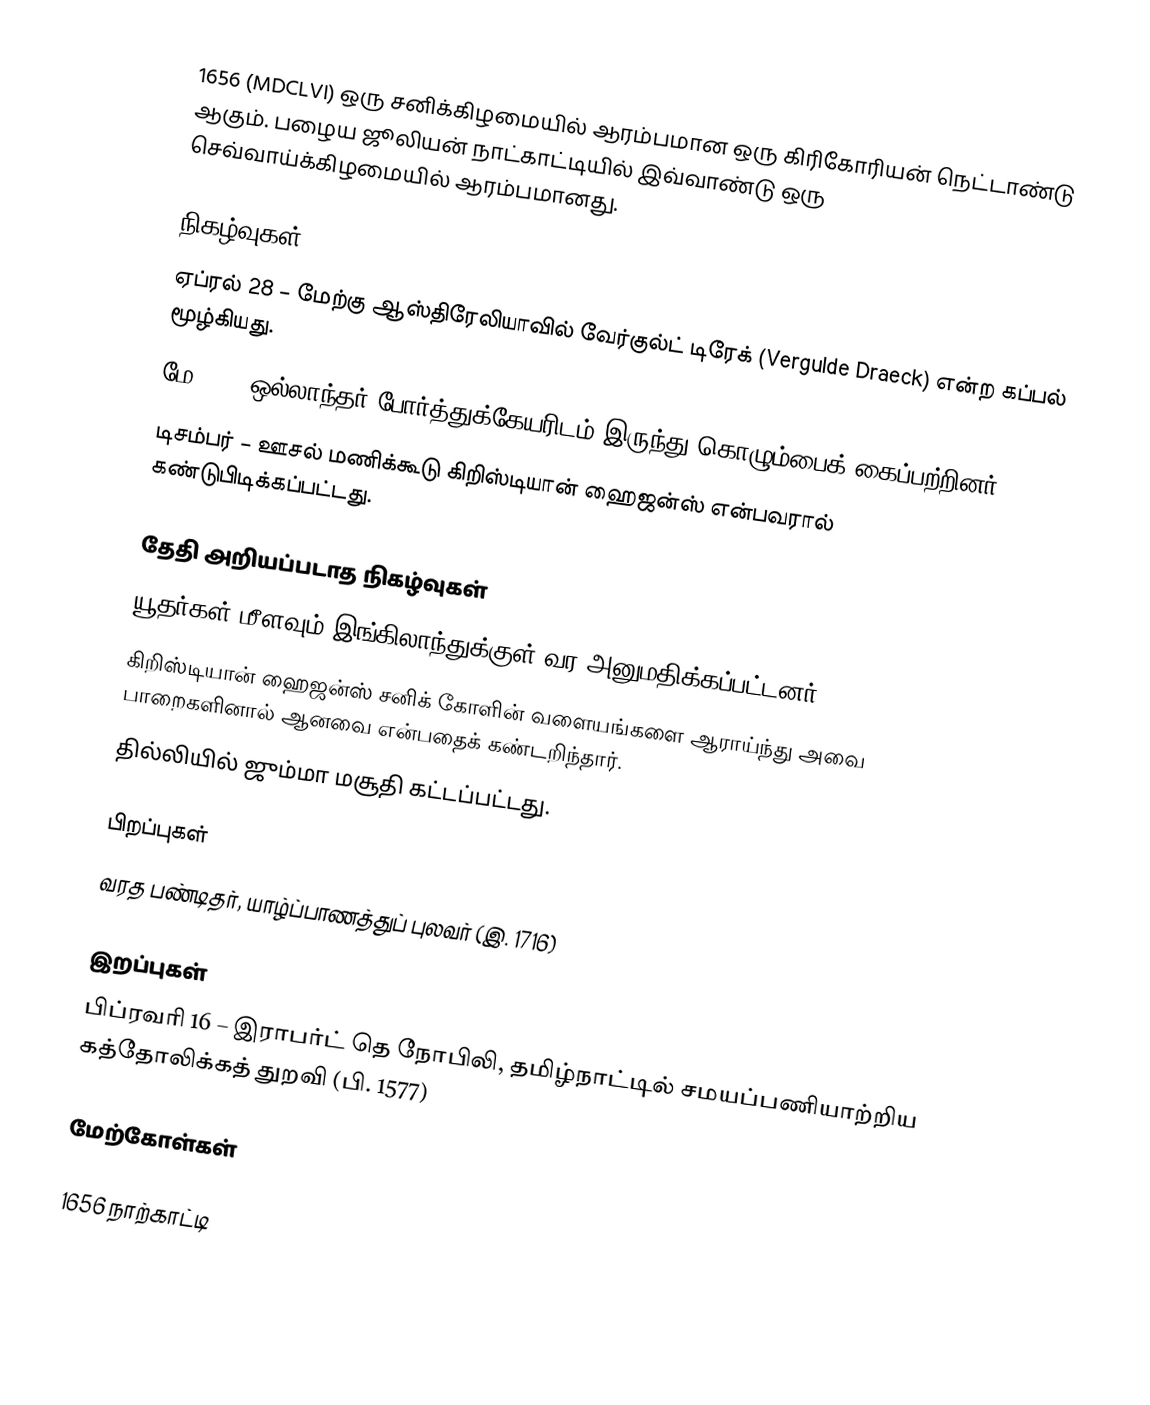
1656 (MDCLVI) ஒரு சனிக்கிழமையில் ஆரம்பமான ஒரு கிரிகோரியன் நெட்டாண்டு ஆகும். பழைய ஜூலியன் நாட்காட்டியில் இவ்வாண்டு ஒரு செவ்வாய்க்கிழமையில் ஆரம்பமானது.

நிகழ்வுகள்
ஏப்ரல் 28 – மேற்கு ஆஸ்திரேலியாவில் வேர்குல்ட் டிரேக் (Vergulde Draeck) என்ற கப்பல் மூழ்கியது.
மே 13 – ஒல்லாந்தர் போர்த்துக்கேயரிடம் இருந்து கொழும்பைக் கைப்பற்றினர்.
டிசம்பர் – ஊசல் மணிக்கூடு கிறிஸ்டியான் ஹைஜன்ஸ் என்பவரால் கண்டுபிடிக்கப்பட்டது.

தேதி அறியப்படாத நிகழ்வுகள்
 யூதர்கள் மீளவும் இங்கிலாந்துக்குள் வர அனுமதிக்கப்பட்டனர்.
 கிறிஸ்டியான் ஹைஜன்ஸ் சனிக் கோளின் வளையங்களை ஆராய்ந்து அவை பாறைகளினால் ஆனவை என்பதைக் கண்டறிந்தார்.
 தில்லியில் ஜும்மா மசூதி கட்டப்பட்டது.

பிறப்புகள்
 வரத பண்டிதர், யாழ்ப்பாணத்துப் புலவர் (இ. 1716)

இறப்புகள்
 பிப்ரவரி 16 – இராபர்ட் தெ நோபிலி, தமிழ்நாட்டில் சமயப்பணியாற்றிய கத்தோலிக்கத் துறவி (பி. 1577)

மேற்கோள்கள்

1656 நாற்காட்டி